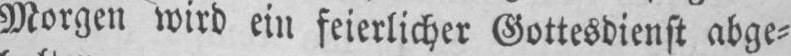
Morgen wird ein feierlicher Gottesdienst abge⸗